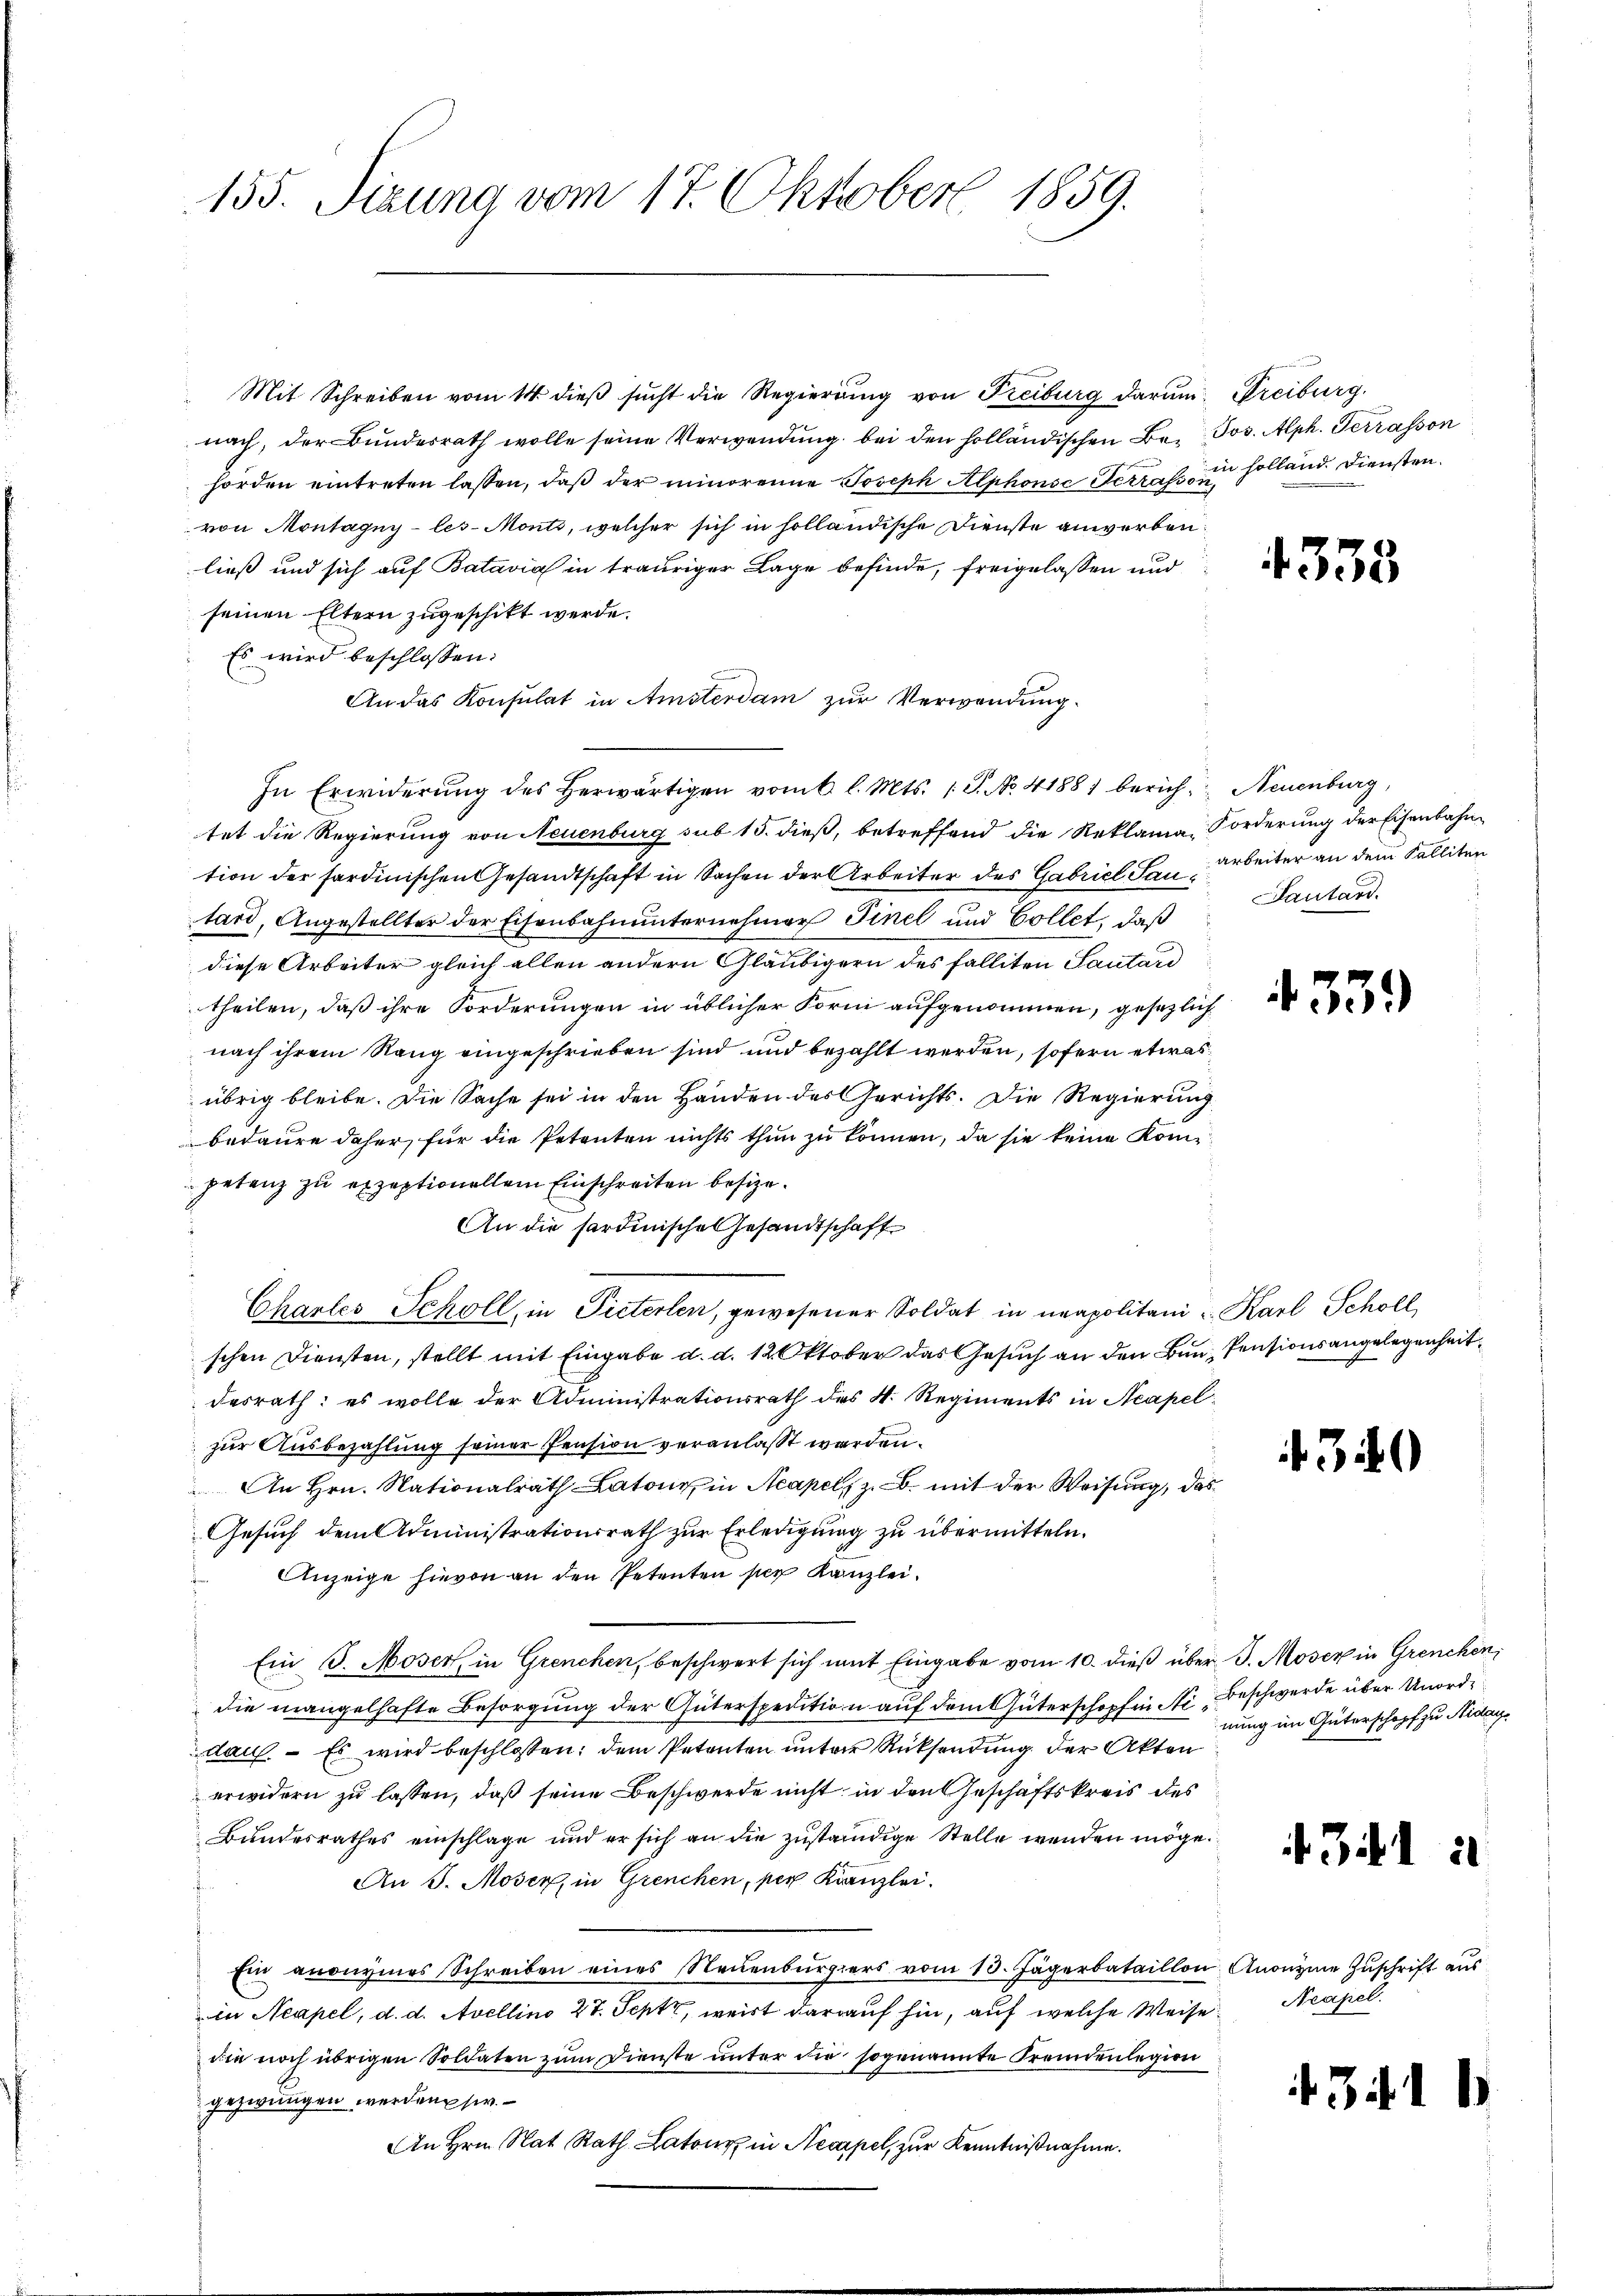
155. Sizung vom 17. Oktober 1859.

Mit Schreiben vom 14. dieß sucht die Regierung von Freiburg darum. Freiburg.
nach, der Bundesrath wolle seine Verwendung bei den holländischen Be- Jos. Alph. Terrasson
hörden eintreten lassen, daβ der minorenne Joseph Alphons Terrat in sollend. Diensten.
von Montagny-les-Monti, welcher sich in holländische Dienste anworben,
ließ und sich auf Batavia in trauriger Lage befinde, freigelassen und
seinen Eltern zugeschikt werde.
Es wird beschlossen:
An das Konsulat in Amsterdam zur Verwendung.
In Erwiderŭng des herwärtigen vom 6 l. Mts. 13. No. 41881 berich Neuenburg,
tet die Regierung von Neuenburg sub 15. dieß, betreffend die Reklama, Forderung der Eisenbahntion der sardinischen Gesandtschaft in Sachen der Arbeiter des Gabrich, Bauarbeiter an dem Falliten
tard, Angestellter der Eisenbahnunternehmer Finel und Collet, daß
diese Arbeiter gleich allen andern Gläubigern des Falliten Santard
theilen, daß ihre Forderungen in üblicher Form aufgenommen, gesezlich
nach ihrem Rang eingeschrieben sind und bezahlt werden, sofern etwas
übrig bleibe. Die Sache sei in den Handen des Gerichts. Die Regierung
bedaure daher, für die Petenten nichts thŭn zŭ können, da sie keine Kompetenz zu exzeptionellem Einschreiten besize.
An die sardinische Gesandtschaft
Chartes Schöll, in Pieterlen, gewesener Soldat in neapolitani u. Karl Schöll,
schen Diensten, stellt mit Eingabe d. d. 12. Oktober das Gesuch an den Bun-Pensionsangelegenheit
desrath: es wolle der Administrationsrath des N. Regiments in Neapel
zur Ausbezahlung seiner Pension veranlasst werden.
An Hrn. Nationalrath Latone in Acapel, z. B. mit der Weisung, das
Gesuch dem Administrationsrath zur Erledigung zu übermitteln.
Anzeige hievon an den Petenten per Kanzlei.
Ein J. Moser, in Grenchen, beschwert sich mit Eingabe vom 10. dieß über J. Moser in Grenchen,
die mangelhafte Besorgŭng der Güterspedition auf dem Güterschopf in Nr „Beschwerde über Unorddau. – Es wird beschlossen: dem Petenten unter Rücksendung der Akten
erwidern zu lassen, daß seine Beschwerde nicht in den Geschäftskreis des
Bundesrathes einschlage und er sich an die zuständige Stelle wenden möge.
An J. Moser, in Grenchen, per Kranzlei.
Ein anonymes Schreiben eines Neuenburgers vom 13. Jägerbataillon Anonyme Zuschrift aus
in Neapel, d. d. Avellino 27. Sept, weist darauf hin, auf welche Weise. Neapel
die noch übrigen Soldaten zum Dienste unter die sogenannte Fremdenlegion
gezwungen werden sie.
An Hrn. Rat Rath Latons in Neapel, zur Kenntnißnahme.

435

435

5

Sautand.

310

1)

nung im Güterschopf zu Niday¬

434. 1

.

1